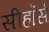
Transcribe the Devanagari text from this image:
सीहॉर्स